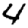
Digit: 4